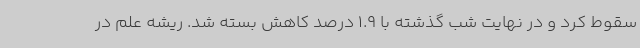
سقوط کرد و در نهایت شب گذشته با 1.9 درصد کاهش بسته شد. ریشه علم در